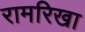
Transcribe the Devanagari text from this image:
रामरिखा